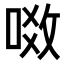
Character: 𠶂